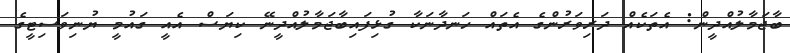
ބާޖަމާލުއްދީން: އެތަކެއް ދަރިވަރުންގެ އެތައް ހަނދާނަކާ ގުޅިފައިބާޖަމާލުއްދީނޭ ކިޔަސް އެއީ ގައުމީ ޔުނިވަސިޓީގެ